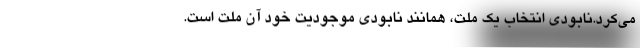
می‌کرد.نابودی انتخاب یک ملت، همانند نابودی موجودیت خود آن ملت است.